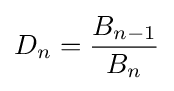
{D}_{n}={\frac {{B}_{n-1}}{{B}_{n}}}